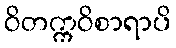
ဝိတက္ကဝိစာရာပိ